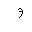
Letter: _waw